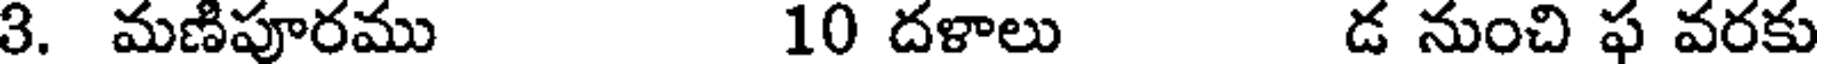
3. మణిపూరము 10 దళాలు డ నుంచి ఫ వరకు